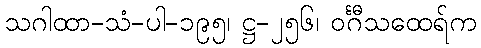
သဂါထာ-သံ-ပါ-၁၉၅၊ ဋ္ဌ-၂၅၆၊ ဝင်္ဂီသထေရ်က